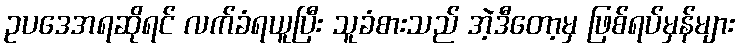
ဥပဒေအရဆိုရင် လက်ခံရယူပြီး သူခံစားသည် အဲ့ဒီတော့မှ ဖြစ်ရပ်မှန်များ